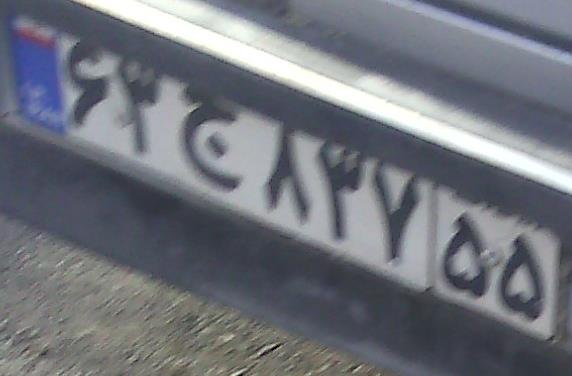
۶۳ج۸۳۷۵۵